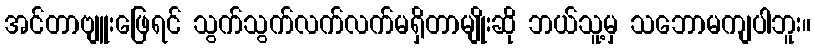
အင်တာဗျူးဖြေရင် သွက်သွက်လက်လက်မရှိတာမျိုးဆို ဘယ်သူ့မှ သဘောမကျပါဘူး။